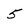
Character: 5